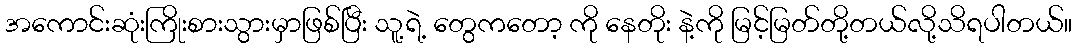
အကောင်းဆုံးကြိုးစားသွားမှာဖြစ်ပြီး သူ့ရဲ့ တွေကတော့ ကို နေတိုး နဲ့ကို မြင့်မြတ်တို့တယ်လို့သိရပါတယ်။